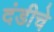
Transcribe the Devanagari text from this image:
दंडीचे